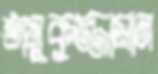
তাসুকুজ্জামান